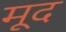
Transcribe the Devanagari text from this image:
मूद